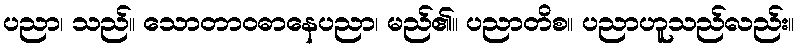
ပညာ၊ သည်။ သောတာဝဓာနေပညာ၊ မည်၏။ ပညာတိစ။ ပညာဟူသည်လည်း။